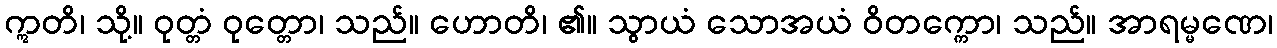
ဣတိ၊ သို့။ ဝုတ္တံ ဝုတ္တော၊ သည်။ ဟောတိ၊ ၏။ သွာယံ သောအယံ ဝိတက္ကော၊ သည်။ အာရမ္မဏေ၊